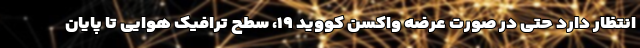
انتظار دارد حتی در صورت عرضه واکسن کووید ۱۹، سطح ترافیک هوایی تا پایان